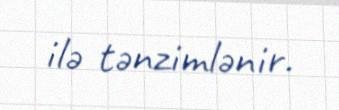
ilə tənzimlənir.